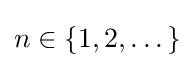
n\in \left\{1,2,\dots \right\}